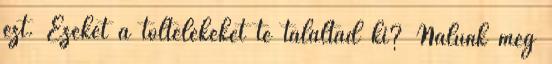
ezt. Ezeket a töltelékeket te találtad ki? Nálunk még